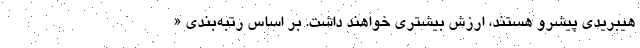
هیبریدی پیشرو هستند، ارزش بیشتری خواهند داشت. بر اساس رتبه‌بندی «